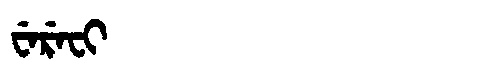
Manchu: ᠸᡝᡵᡝᠸᡳ
Romanization: WEREFI